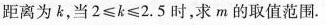
距离为k，当$$2 ≤ k ≤ 2 . 5$$时，求m的取值范围.